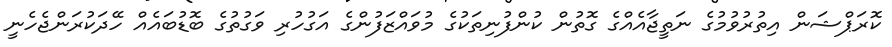
ކޮރަޕްޝަން އިތުރުވުމުގެ ނަތީޖާއެއްގެ ގޮތުން ކުންފުނިތަކުގެ މުވައްޒަފުންގެ އަގުހުރި ވަގުތުގެ ބޮޑުބައެއް ހޭދަކުރަންޖެހެނީ